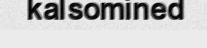
kalsomined